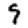
Digit: 9